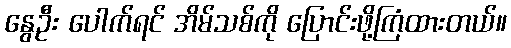
နွေဦး ပေါက်ရင် အိမ်သစ်ကို ပြောင်းဖို့ကြံထားတယ်။